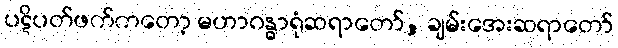
ပဋိပတ်ဖက်ကတော့ မဟာဂန္ဓာရုံဆရာတော်, ချမ်းအေးဆရာတော်